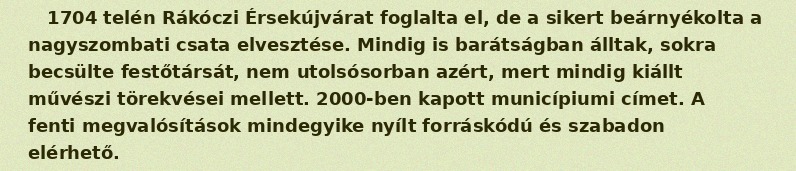
1704 telén Rákóczi Érsekújvárat foglalta el, de a sikert beárnyékolta a nagyszombati csata elvesztése. Mindig is barátságban álltak, sokra becsülte festőtársát, nem utolsósorban azért, mert mindig kiállt művészi törekvései mellett. 2000-ben kapott municípiumi címet. A fenti megvalósítások mindegyike nyílt forráskódú és szabadon elérhető.